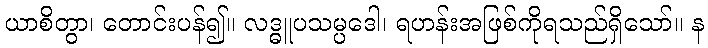
ယာစိတွာ၊ တောင်းပန်၍။ လဒ္ဓူပသမ္ပဒေါ၊ ရဟန်းအဖြစ်ကိုရသည်ရှိသော်။ န